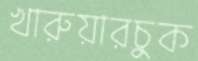
খারুয়ারচুক